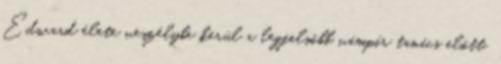
Edward élete veszélybe kerül a legfelsőbb vámpír tanács előtt,